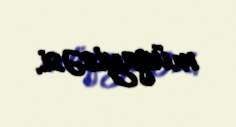
müqayisəsi.